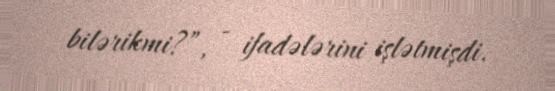
bilərikmi?”, - ifadələrini işlətmişdi.